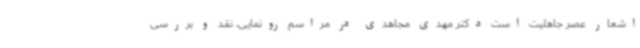
اشعار عصر جاهلیت است دکتر مهدی مجاهدی در مراسم رونمایی، نقد و بررسی